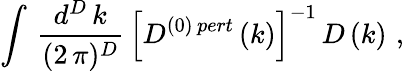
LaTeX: \int\, \frac{d^{D}\, k}{(2\, \pi)^{D}}\, \left[D^{(0)\, pert}\, (k)\right]^{-1}\, D\, (k)\, \, ,